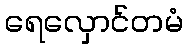
ရေလှောင်တမံ